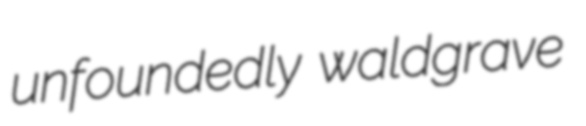
unfoundedly waldgrave